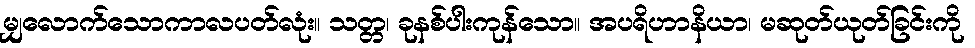
မျှလောက်သောကာလပတ်လုံး။ သတ္တ၊ ခုနစ်ပါးကုန်သော။ အပရိဟာနိယာ၊ မဆုတ်ယုတ်ခြင်းကို